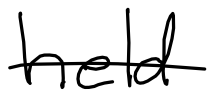
Text: held
Cross-out: single-line
Writing tool: digital_black